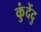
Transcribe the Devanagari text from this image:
कुंदेंदु